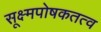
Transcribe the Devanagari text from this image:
सूक्ष्मपोषकतत्व